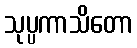
သုပ္ပကာသိတော